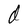
Character: d